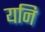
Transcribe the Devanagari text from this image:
यनि